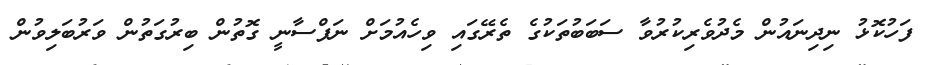
ފަހުކޮޅު ނިދިނައުން މެދުވެރިކުރުވާ ސަބަބުތަކުގެ ތެރޭގައި ވިހެއުމަށް ނަފްސާނީ ގޮތުން ބިރުގަތުން ވަރުބަލިވުން